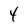
Character: 4